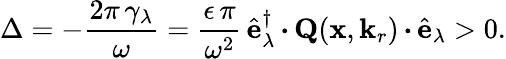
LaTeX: \Delta=-\frac{2\pi\, \gamma_{\lambda}}{\omega}=\frac{\epsilon\, \pi}{\omega^{2}}\, \hat{\mathbf{e}}_{\lambda}^{\dagger}\, {\boldsymbol{\cdot}}\, {\mathbf{Q}}(\mathbf{x},\mathbf{k}_{r})\, {\boldsymbol{\cdot}}\, \hat{\mathbf{e}}_{\lambda}>0.